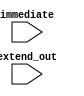
module extend_16_32(
    input wire [15:0] immediate,
    input wire [31:0] extend_out
);

    assign extend_out = (immediate[15]) ? {{16{1'b1}}, immediate} : {{16{1'b0}}, immediate};

endmodule